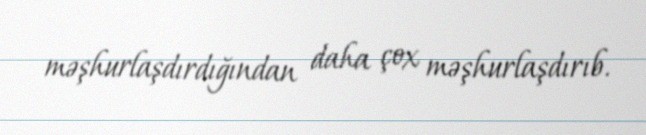
məşhurlaşdırdığından daha çox məşhurlaşdırıb.